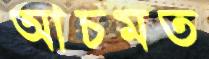
আচমত